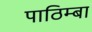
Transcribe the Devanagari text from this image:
पाठिम्बा